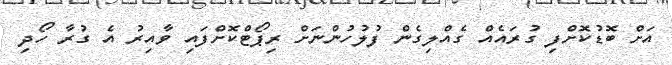
އަށް ބޮޑުކޮށްފި ގުރައެއް ގެއްލިގެން ފުލުހުންނަށް ރިޕޯޓްކޮށްފައި ވާއިރު އެ ގުރާ ހޯދި